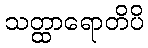
သတ္ထာရောတိပိ